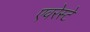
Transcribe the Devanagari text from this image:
एवरेस्‍टे